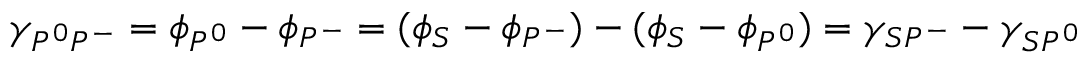
\gamma _ { P ^ { 0 } P ^ { - } } = \phi _ { P ^ { 0 } } - \phi _ { P ^ { - } } = ( \phi _ { S } - \phi _ { P ^ { - } } ) - ( \phi _ { S } - \phi _ { P ^ { 0 } } ) = \gamma _ { S P ^ { - } } - \gamma _ { S P ^ { 0 } }